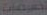
تخصيصات